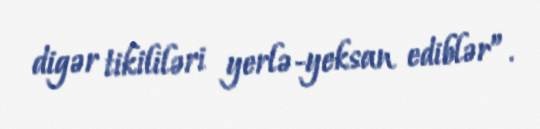
digər tikililəri yerlə-yeksan ediblər”.